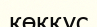
көкқұс